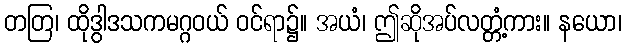
တတြ၊ ထိုဒွါဒသကမဂ္ဂဝယ် ဝင်ရာ၌။ အယံ၊ ဤဆိုအပ်လတ္တံ့ကား။ နယော၊